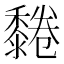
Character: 𪐂